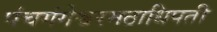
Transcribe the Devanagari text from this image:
पंचगंगेश्वरमठाधिपती